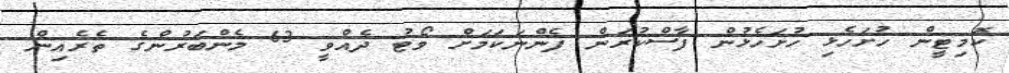
ކޮމިޓީން ހުށަހެޅި ހުށަހެޅުން ފާސްކުރަން ފެންނަކަމަށް ވޯޓު ދެއްވީ 63 މެންބަރުންގެ ތެރެއިން